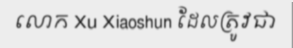
លោក Xu Xiaoshun ដែលត្រូវជា